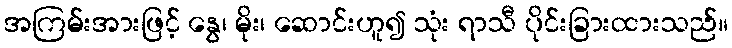
အကြမ်းအားဖြင့် နွေ၊ မိုး၊ ဆောင်းဟူ၍ သုံး ရာသီ ပိုင်းခြားထားသည်။